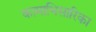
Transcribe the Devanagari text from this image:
कामाभिसारिका